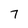
Character: 7